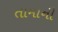
તામાની